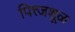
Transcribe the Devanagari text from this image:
पित्त्जशूळ